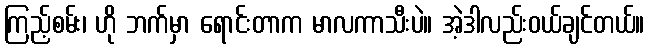
ကြည့်စမ်း၊ ဟို ဘက်မှာ ရောင်းတာက မာလကာသီးပဲ။ အဲ့ဒါလည်းဝယ်ချင်တယ်။